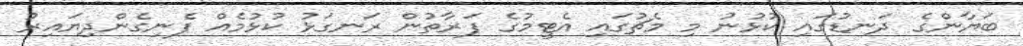
ބަޔާންގެ ދަނޑުގައި ކުޅުނު މި މެޗުގައި އެޓީމުގެ ފަރާތުން ރަނގަޅު ކުޅުމެއް ފެނިގެންދިޔައިރު